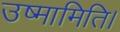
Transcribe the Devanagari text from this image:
उष्मामिति।